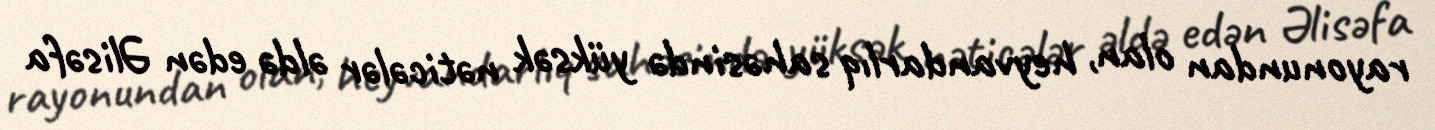
rayonundan olan, heyvandarlıq sahəsində yüksək nəticələr əldə edən Əlisəfa